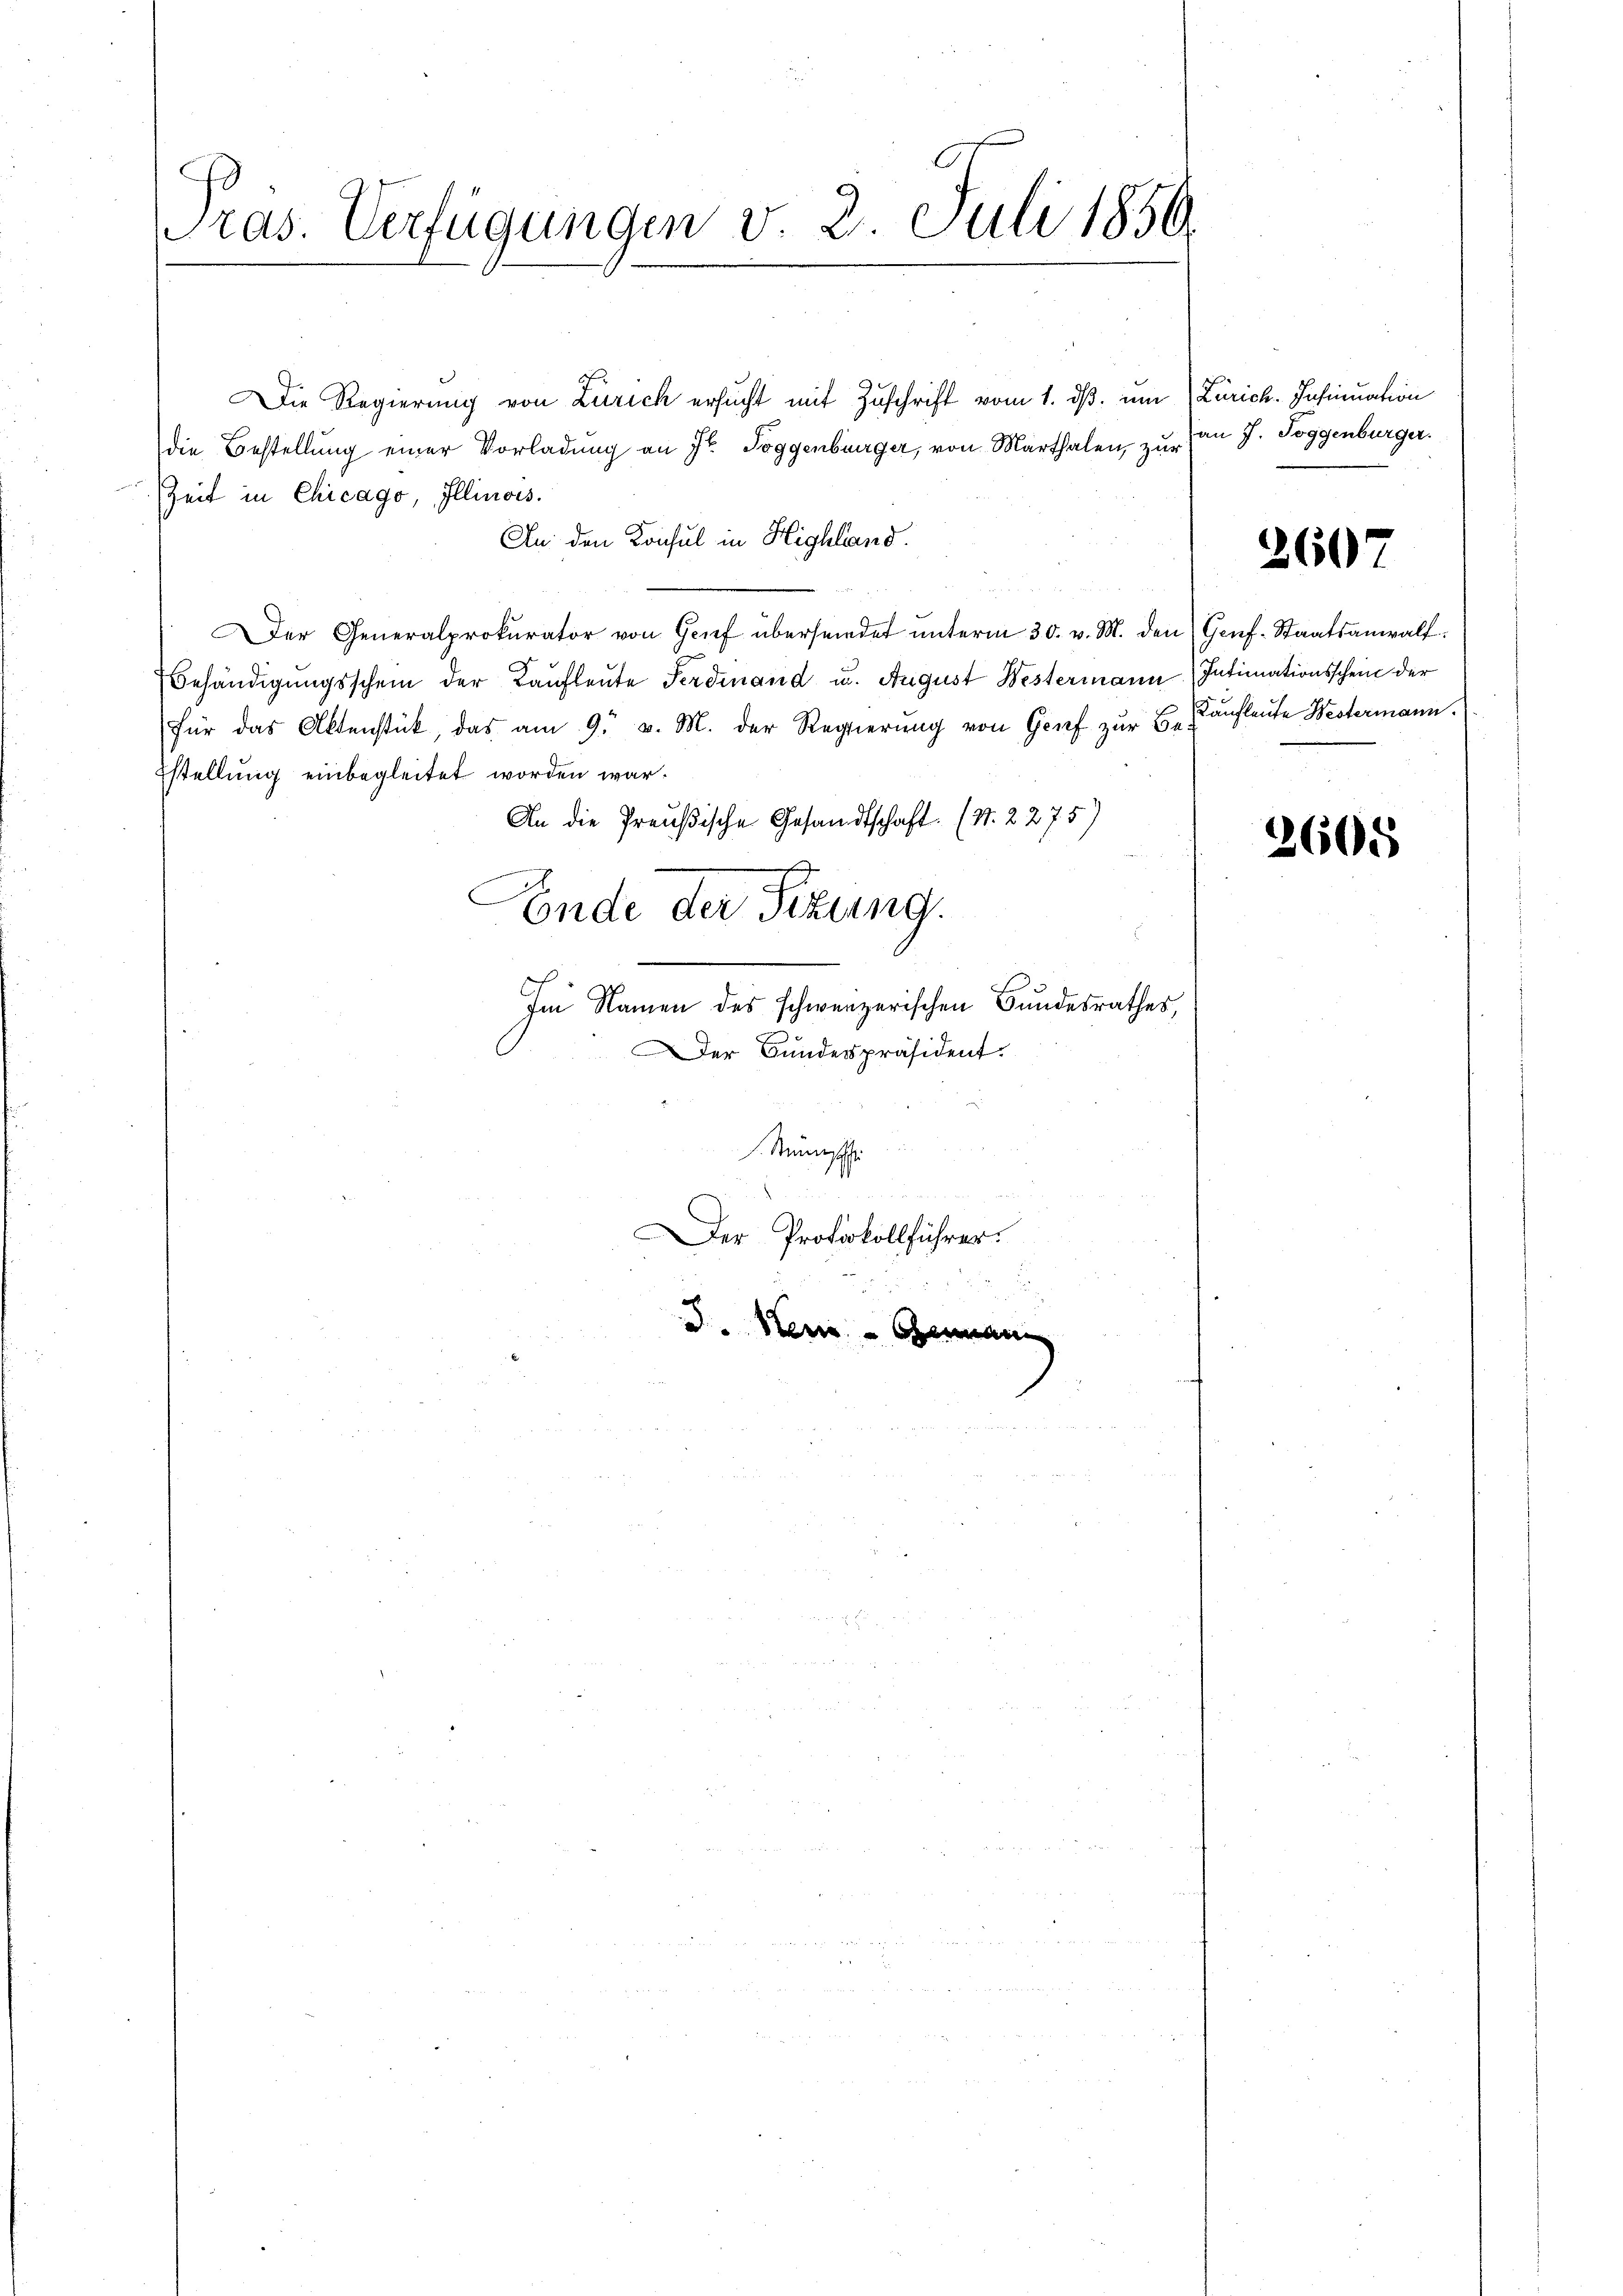
Präs. Verfügungen v. 2. Juli 1859

Die Regierung von Zürich ersucht mit Zuschrift vom 1. ds. um Zürich. Insinuation
die Bestellung einer Vorladung an Hr. Toggenbürger, von Marthalen, zur
Zeit in Chicago, Illinois.
An den Konsul in Highland.
Der Generalprokurator von Grief übersendet ŭnterm 30. v. M. den Genf-Staatsanwalt
Behändigungsschein der Kaufleute Ferdinand u. August Westermann Intimationsschein der
für das Aktenstück, das am 9. v. M. der Regierŭng von Grif zŭr E. aufleute Westermann.
Estellung einbegleitet worden war.
An die Preußische Gesandtschaft. (S. 2275)
Ende der Sizung.
e
Im Namen des schweizerischen Bundesrathes,
Der Bundespräsident.
Minische
er Protokollführer.
d. Neue Gemein

an J. Toggenburger.

2607

2605